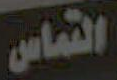
التماس